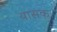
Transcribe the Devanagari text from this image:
यासक